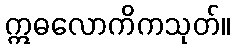
ဣဓလောကိကသုတ်။